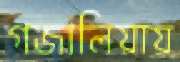
গজালিয়ায়